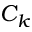
C _ { k }